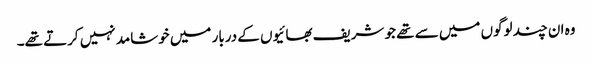
وہ ان چند لوگوں میں سے تھے جو شریف بھائیوں کے دربار میں خوشامد نہیں کرتے تھے۔